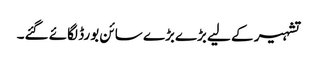
تشہیر کے لیے بڑےبڑے سائن بورڈ لگائے گئے۔